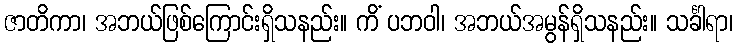
ဇာတိကာ၊ အဘယ်ဖြစ်ကြောင်းရှိသနည်း။ ကိံ ပဘဝါ၊ အဘယ်အမွန်ရှိသနည်း။ သင်္ခါရာ၊